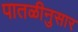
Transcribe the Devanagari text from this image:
पातळीनुसार